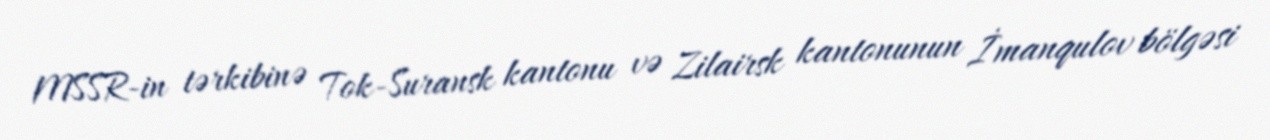
MSSR-in tərkibinə Tok-Suransk kantonu və Zilairsk kantonunun İmanqulov bölgəsi